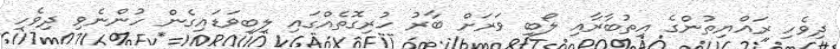
ދިވެހި ރައްޔިތުންގެ އިތުބާރާއި ލޯބި ވަރަށް ބާރު ހުރިގޮތެއްގައި ލިބިވަޑައިގެން ހުންނެވި ދިވެހި